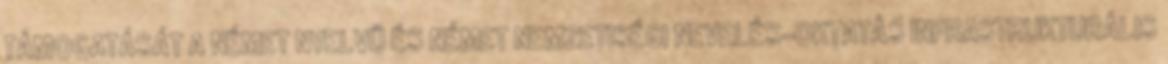
TÁMOGATÁSÁT A NÉMET NYELVŰ ÉS NÉMET NEMZETISÉGI NEVELÉS-OKTATÁS INFRASTRUKTURÁLIS